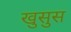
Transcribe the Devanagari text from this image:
खुसुस